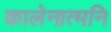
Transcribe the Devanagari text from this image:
कालेनात्मनि